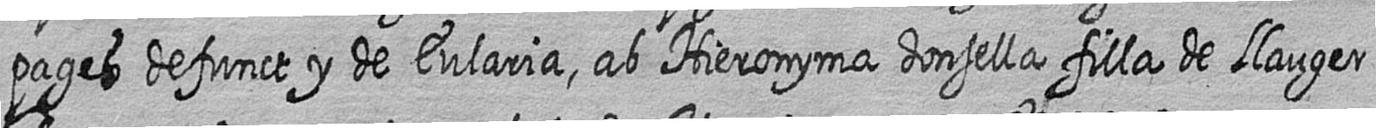
pages defunct y de Eularia ab Hieronyma donsella filla de Llauger